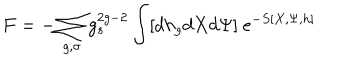
F = - \sum _ { g , \sigma } g _ { s } ^ { 2 g - 2 } \int [ d h _ { g } d X d \Psi ] ~ e ^ { - S [ X , \Psi , h ] }